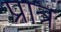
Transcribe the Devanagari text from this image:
प्रात्र